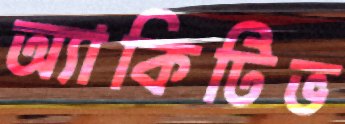
অ্যাকিটিভ